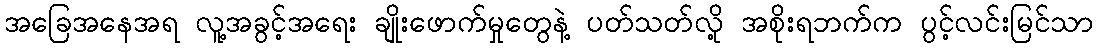
အခြေအနေအရ လူ့အခွင့်အရေး ချိုးဖောက်မှုတွေနဲ့ ပတ်သတ်လို့ အစိုးရဘက်က ပွင့်လင်းမြင်သာ